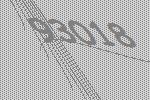
93018